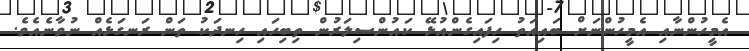
އެމީހުންނާއި އެމީހުންނަށް ބައިއަތު ހިފައިގެންއުޅޭ ކައުންސިލަރުން ތިބިހައި ހިނދަކު ތަން ރަނގަޅެއް ނުވާނެއެވެ.